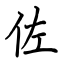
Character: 佐